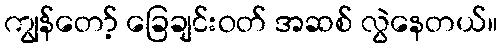
ကျွန်တော့် ခြေချင်းဝတ် အဆစ် လွဲနေတယ်။